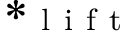
* _ { \mathrm { ~ l ~ i ~ f ~ t ~ } }